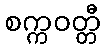
စက္ကဝတ္တီ